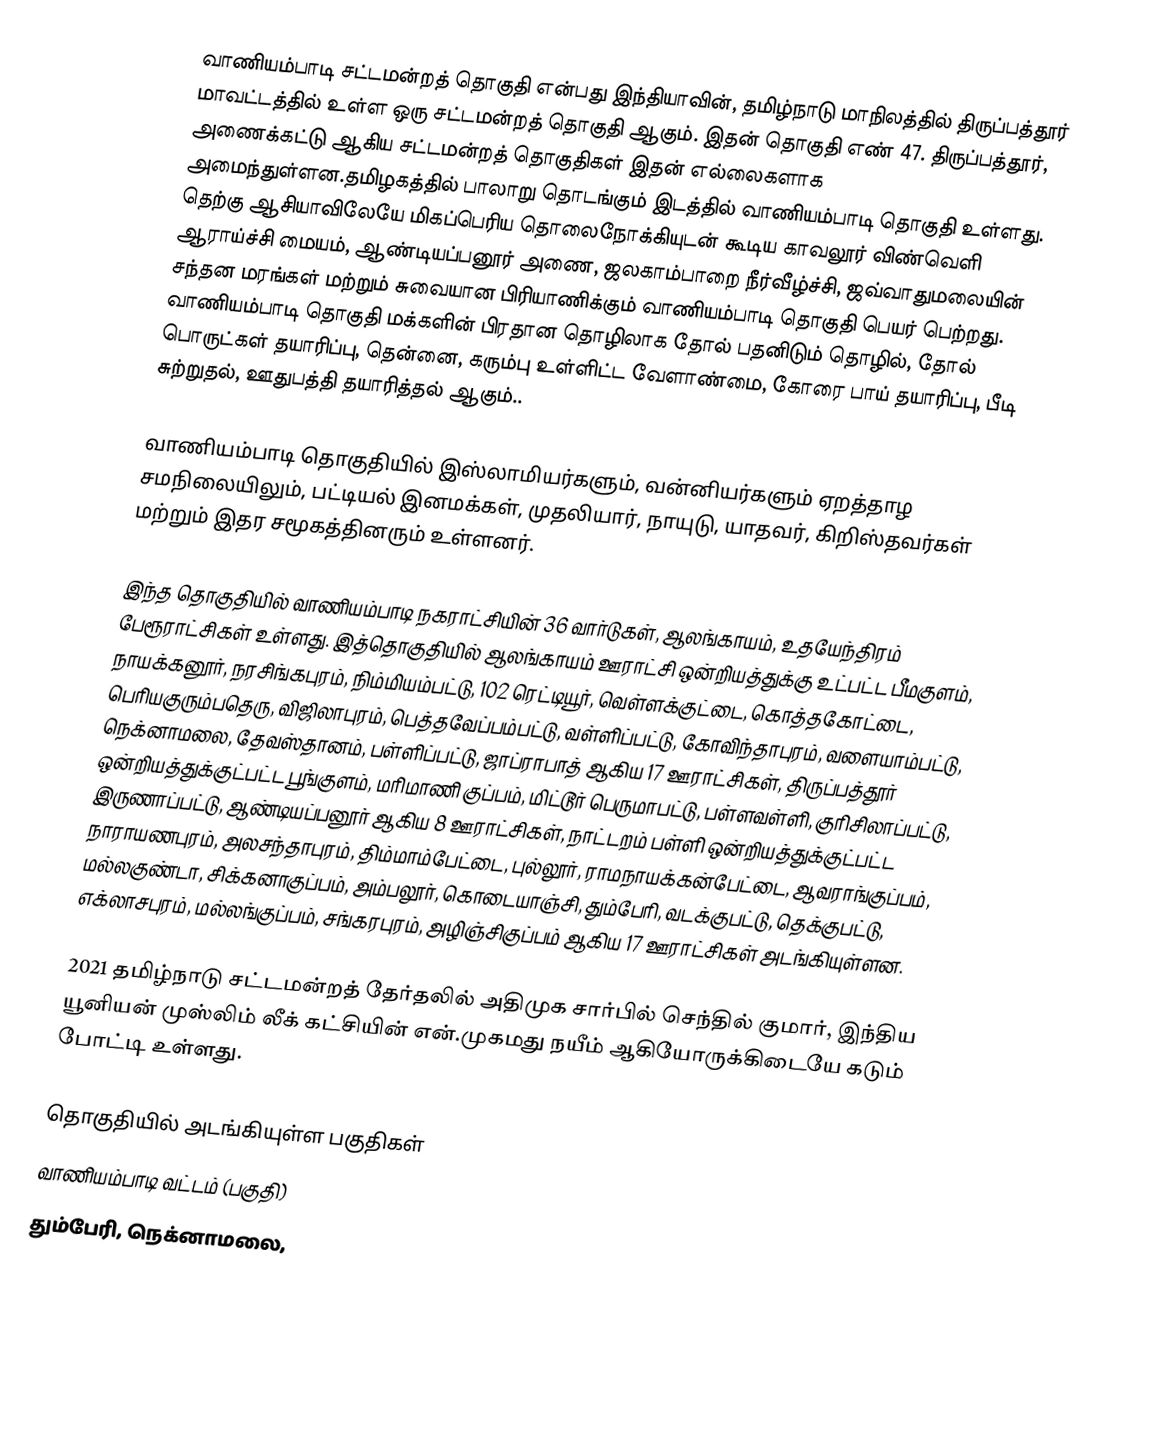
வாணியம்பாடி சட்டமன்றத் தொகுதி என்பது இந்தியாவின், தமிழ்நாடு மாநிலத்தில்  திருப்பத்தூர் மாவட்டத்தில் உள்ள ஒரு சட்டமன்றத் தொகுதி ஆகும். இதன் தொகுதி எண் 47. திருப்பத்தூர், அணைக்கட்டு ஆகிய சட்டமன்றத் தொகுதிகள் இதன் எல்லைகளாக அமைந்துள்ளன.தமிழகத்தில் பாலாறு தொடங்கும் இடத்தில் வாணியம்பாடி தொகுதி உள்ளது. தெற்கு ஆசியாவிலேயே மிகப்பெரிய தொலைநோக்கியுடன் கூடிய காவலூர் விண்வெளி ஆராய்ச்சி மையம், ஆண்டியப்பனூர் அணை, ஜலகாம்பாறை நீர்வீழ்ச்சி, ஜவ்வாதுமலையின் சந்தன மரங்கள் மற்றும் சுவையான பிரியாணிக்கும் வாணியம்பாடி தொகுதி பெயர் பெற்றது. வாணியம்பாடி தொகுதி மக்களின் பிரதான தொழிலாக தோல் பதனிடும் தொழில், தோல் பொருட்கள் தயாரிப்பு, தென்னை, கரும்பு உள்ளிட்ட வேளாண்மை, கோரை பாய் தயாரிப்பு, பீடி சுற்றுதல், ஊதுபத்தி தயாரித்தல் ஆகும்..

வாணியம்பாடி தொகுதியில் இஸ்லாமியர்களும், வன்னியர்களும் ஏறத்தாழ சமநிலையிலும், பட்டியல் இனமக்கள், முதலியார், நாயுடு, யாதவர், கிறிஸ்தவர்கள் மற்றும் இதர சமூகத்தினரும் உள்ளனர்.

இந்த தொகுதியில் வாணியம்பாடி நகராட்சியின் 36 வார்டுகள், ஆலங்காயம், உதயேந்திரம் பேரூராட்சிகள் உள்ளது. இத்தொகுதியில் ஆலங்காயம் ஊராட்சி ஒன்றியத்துக்கு உட்பட்ட பீமகுளம், நாயக்கனூர், நரசிங்கபுரம், நிம்மியம்பட்டு, 102 ரெட்டியூர், வெள்ளக்குட்டை, கொத்தகோட்டை, பெரியகுரும்பதெரு, விஜிலாபுரம், பெத்தவேப்பம்பட்டு, வள்ளிப்பட்டு, கோவிந்தாபுரம், வளையாம்பட்டு, நெக்னாமலை, தேவஸ்தானம், பள்ளிப்பட்டு, ஜாப்ராபாத் ஆகிய 17 ஊராட்சிகள், திருப்பத்தூர் ஒன்றியத்துக்குட்பட்ட பூங்குளம், மரிமாணி குப்பம், மிட்டூர் பெருமாபட்டு, பள்ளவள்ளி, குரிசிலாப்பட்டு, இருணாப்பட்டு, ஆண்டியப்பனூர் ஆகிய 8 ஊராட்சிகள், நாட்டறம் பள்ளி ஒன்றியத்துக்குட்பட்ட நாராயணபுரம், அலசந்தாபுரம், திம்மாம்பேட்டை, புல்லூர், ராமநாயக்கன்பேட்டை, ஆவராங்குப்பம், மல்லகுண்டா, சிக்கனாகுப்பம், அம்பலூர், கொடையாஞ்சி, தும்பேரி, வடக்குபட்டு, தெக்குபட்டு, எக்லாசபுரம், மல்லங்குப்பம், சங்கரபுரம், அழிஞ்சிகுப்பம் ஆகிய 17 ஊராட்சிகள் அடங்கியுள்ளன.

2021 தமிழ்நாடு சட்டமன்றத் தேர்தலில் அதிமுக சார்பில் செந்தில் குமார், இந்திய யூனியன் முஸ்லிம் லீக் கட்சியின் என்.முகமது நயீம் ஆகியோருக்கிடையே கடும் போட்டி உள்ளது.

தொகுதியில் அடங்கியுள்ள பகுதிகள்
வாணியம்பாடி வட்டம் (பகுதி)
தும்பேரி, நெக்னாமலை,